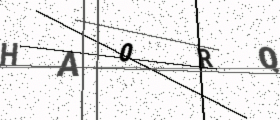
Text: HA0RQ